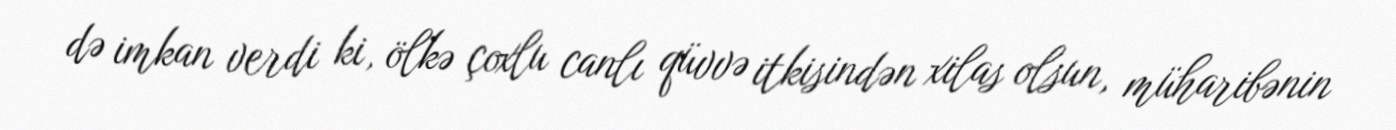
də imkan verdi ki, ölkə çoxlu canlı qüvvə itkisindən xilas olsun, müharibənin